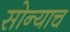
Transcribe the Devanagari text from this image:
सोन्याच